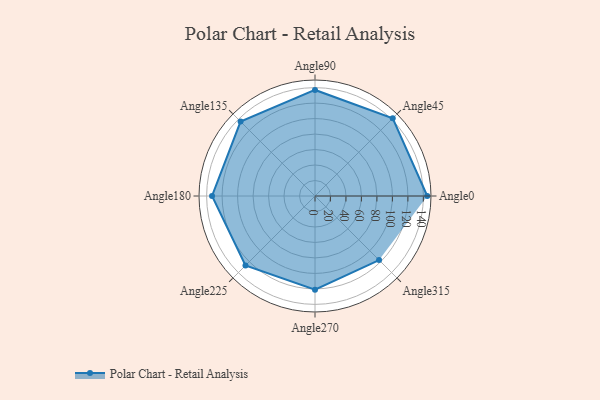
{"axis": {"x": "Angle", "y": "Radius"}, "legend": [""], "data": [{"x": "Angle0", "y": 145.0, "type": ""}, {"x": "Angle45", "y": 142.0, "type": ""}, {"x": "Angle90", "y": 137.0, "type": ""}, {"x": "Angle135", "y": 136.0, "type": ""}, {"x": "Angle180", "y": 133.0, "type": ""}, {"x": "Angle225", "y": 127.0, "type": ""}, {"x": "Angle270", "y": 121.0, "type": ""}, {"x": "Angle315", "y": 117.0, "type": ""}]}